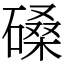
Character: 磉